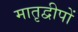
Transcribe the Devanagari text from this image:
मातृद्वीपों